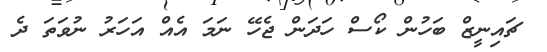
ޗައިނީޒް ބަހުން ކޯސް ހަދަން ޖެހޭ ނަމަ އެއް އަހަރު ނުވަތަ ދެ